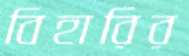
বিহারির